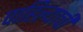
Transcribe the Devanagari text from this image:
पाहिल्याची